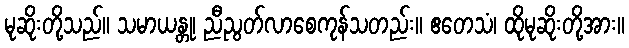
မုဆိုးတို့သည်။ သမာယန္တု၊ ညီညွတ်လာစေကုန်သတည်း။ ဧတေသံ၊ ထိုမုဆိုးတို့အား။